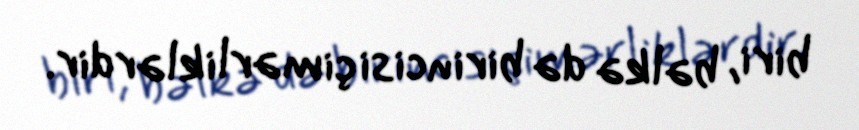
biri, bəlkə də birincisi çimərliklərdir.